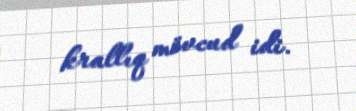
krallıq mövcud idi.